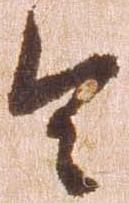
令